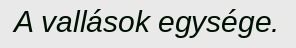
A vallások egysége.